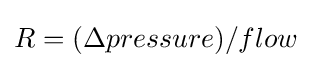
R=(\Delta pressure)/flow